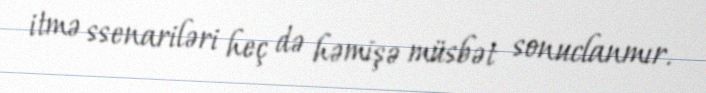
itmə ssenariləri heç də həmişə müsbət sonuclanmır.